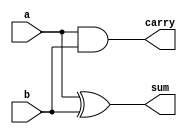
`timescale 1ns / 1ps
//////////////////////////////////////////////////////////////////////////////////
// Company: 
// Engineer: 
// 
// Design Name: 
// Module Name: ha
// Project Name: 
// Target Devices: 
// Tool Versions: 
// Description: 
// 
// Dependencies: 
// 
// Revision:
// Revision 0.01 - File Created
// Additional Comments:
// 
//////////////////////////////////////////////////////////////////////////////////


module ha(a,b,sum,carry);

        input a,b;
        output sum,carry;
        
        assign sum = a ^ b;
        assign carry = a & b;
        
endmodule